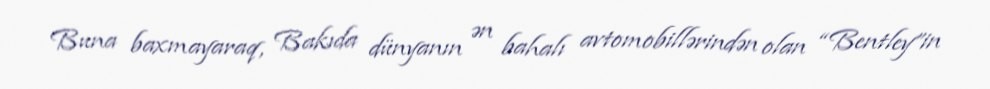
Buna baxmayaraq, Bakıda dünyanın ən bahalı avtomobillərindən olan “Bentley”in